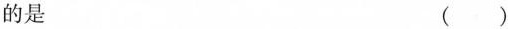
的是 ( )